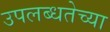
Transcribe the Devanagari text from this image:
उपलब्धतेच्या